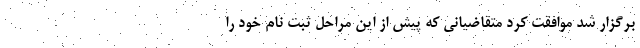
برگزار شد موافقت کرد متقاضیانی که پیش از این مراحل ثبت نام خود را